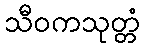
သီဝကသုတ္တံ